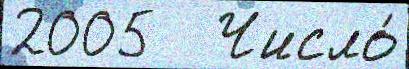
2005   Число́